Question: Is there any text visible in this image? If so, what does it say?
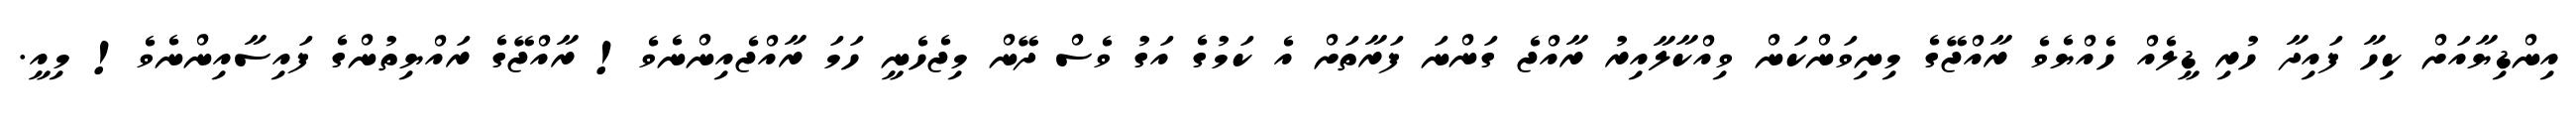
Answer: އިންޑިޔާއަށް ކިހާ ފައިދާ ހުރި ޑީލެއް ހެއްޔެވެ ރާއްޖޭގެ މިނިވަންކަން ވިއްކާލާއިރު ރާއްޖެ ގަންނަ ފަރާތަށް އެ ކަމުގެ އަގު ވެސް ދޭން މިޖެހެނީ ހަމަ ރާއްޖެއިންނެވެ! ރާއްޖޭގެ ރައްޔިތުންގެ ފައިސާއިންނެވެ! މިއީ.